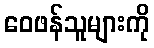
ဝေဖန်သူများကို